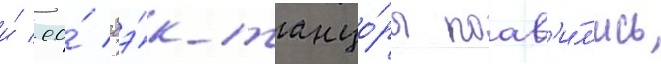
и́ ео́ бэ́к-танцо́ры поав'и́л'ись